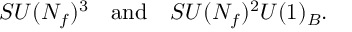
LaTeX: S U ( N _ { f } ) ^ { 3 } \quad \mathrm { a n d } \quad S U ( N _ { f } ) ^ { 2 } U ( 1 ) _ { B } .